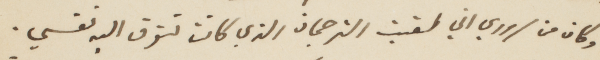
وكان من سروري اني لقيت الترجمان الذي كانت تتوق اليه نفسي.